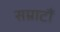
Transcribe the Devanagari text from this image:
सम्राटौं